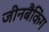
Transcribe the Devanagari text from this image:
जीनबैंकिंग